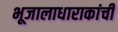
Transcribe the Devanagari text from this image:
भूजालाधाराकांची